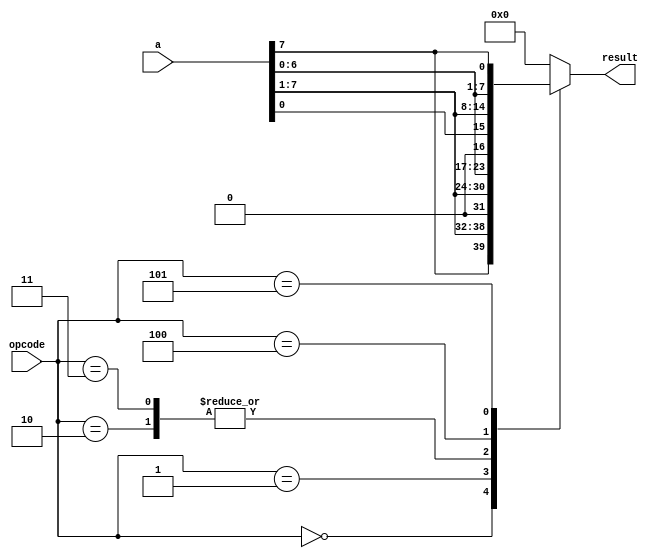
`timescale 1ns / 1ps



module shift_operations(a, opcode, result);
    input [7:0] a;       // 8-bit giri (a)
    input [2:0] opcode;  // 3-bit ilem kodu (opcode)
    output [7:0] result; // 8-bit k (result)

    // sinyaller
    wire [7:0] a;    // Giri sinyali
    wire [2:0] opcode; // lem kodu
    reg [7:0] result;  // k sinyali

    // Islem kodlari
    parameter sra_op = 3'b000, // Shift right arithmetic
              srl_op = 3'b001, // Shift right logical
              sla_op = 3'b010, // Shift left algebraic
              sll_op = 3'b011, // Shift left logical
              ror_op = 3'b100, // Rotate right
              rol_op = 3'b101; // Rotate left

    // Islemler
    always @ (a or opcode)
    begin
        case (opcode)
            sra_op : result = {a[7], a[7], a[6], a[5], a[4], a[3], a[2], a[1]};
            srl_op : result = a >> 1;
            sla_op : result = {a[6], a[5], a[4], a[3], a[2], a[1], a[0], 1'b0};
            sll_op : result = a << 1;
            ror_op : result = {a[0], a[7], a[6], a[5], a[4], a[3], a[2], a[1]};
            rol_op : result = {a[6], a[5], a[4], a[3], a[2], a[1], a[0], a[7]};
            default : result = 0; // Tanmlanmayan ilem kodu iin k sfr
        endcase
    end
endmodule